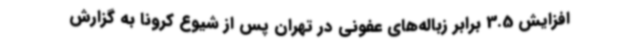
افزایش 3.5 برابر زباله‌های عفونی در تهران پس از شیوع کرونا به گزارش